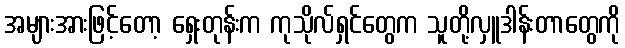
အများအားဖြင့်တော့ ရှေးတုန်းက ကုသိုလ်ရှင်တွေက သူတို့လှူဒါန်းတာတွေကို